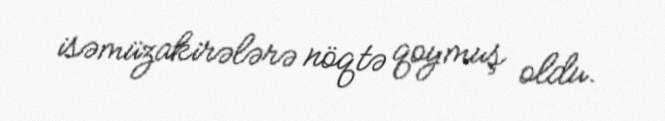
isəmüzakirələrə nöqtə qoymuş oldu.